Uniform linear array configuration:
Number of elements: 8
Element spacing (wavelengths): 0.25
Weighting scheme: kaiser
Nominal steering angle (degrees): -45
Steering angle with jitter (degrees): -44.564
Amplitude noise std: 0.05
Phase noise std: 0.05

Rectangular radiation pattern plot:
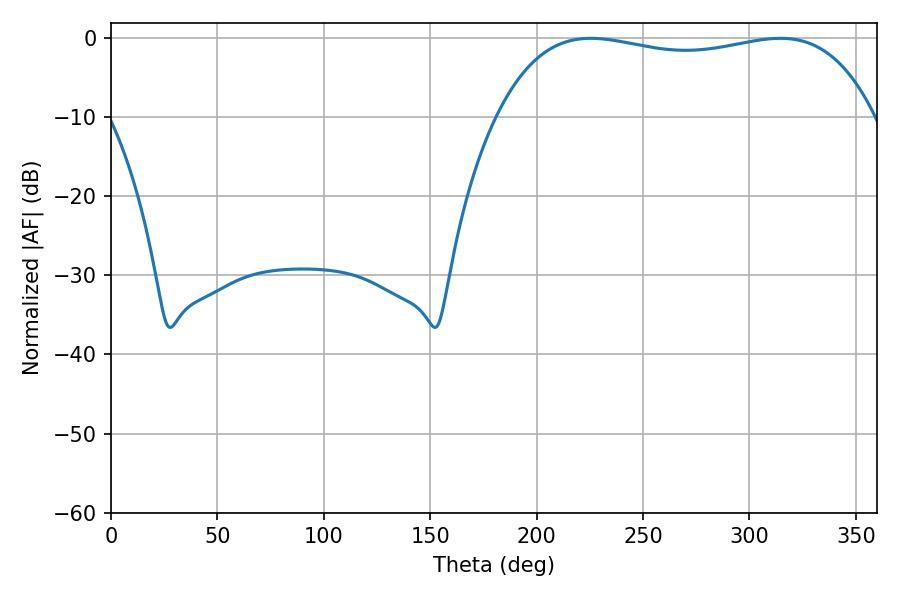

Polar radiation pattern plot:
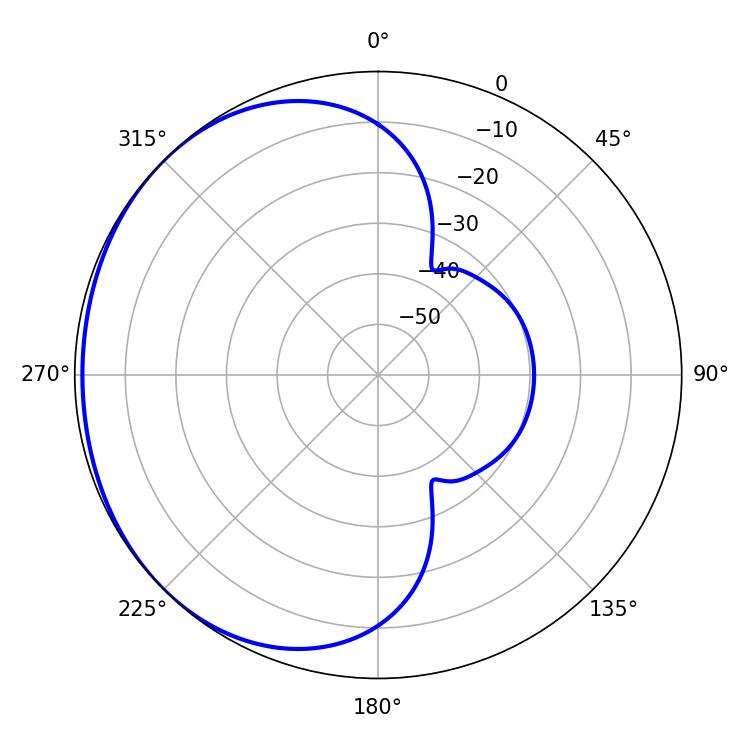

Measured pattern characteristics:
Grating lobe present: FALSE
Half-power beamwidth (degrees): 143.28
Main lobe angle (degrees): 225.54